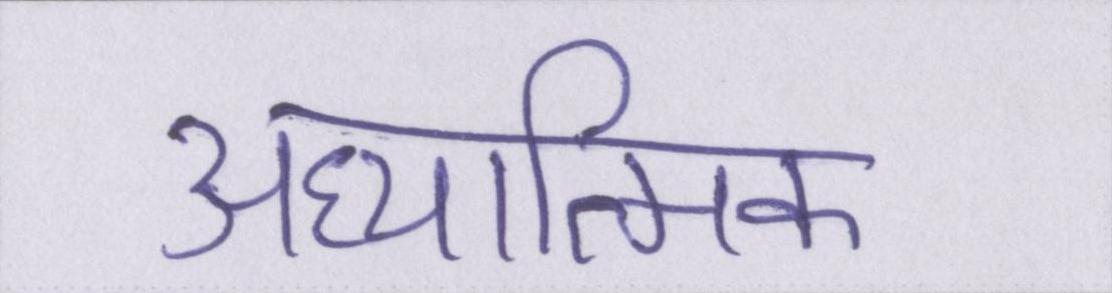
अध्यात्मिक